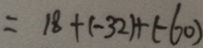
= 1 8 + ( - 3 2 ) + ( - 6 0 )